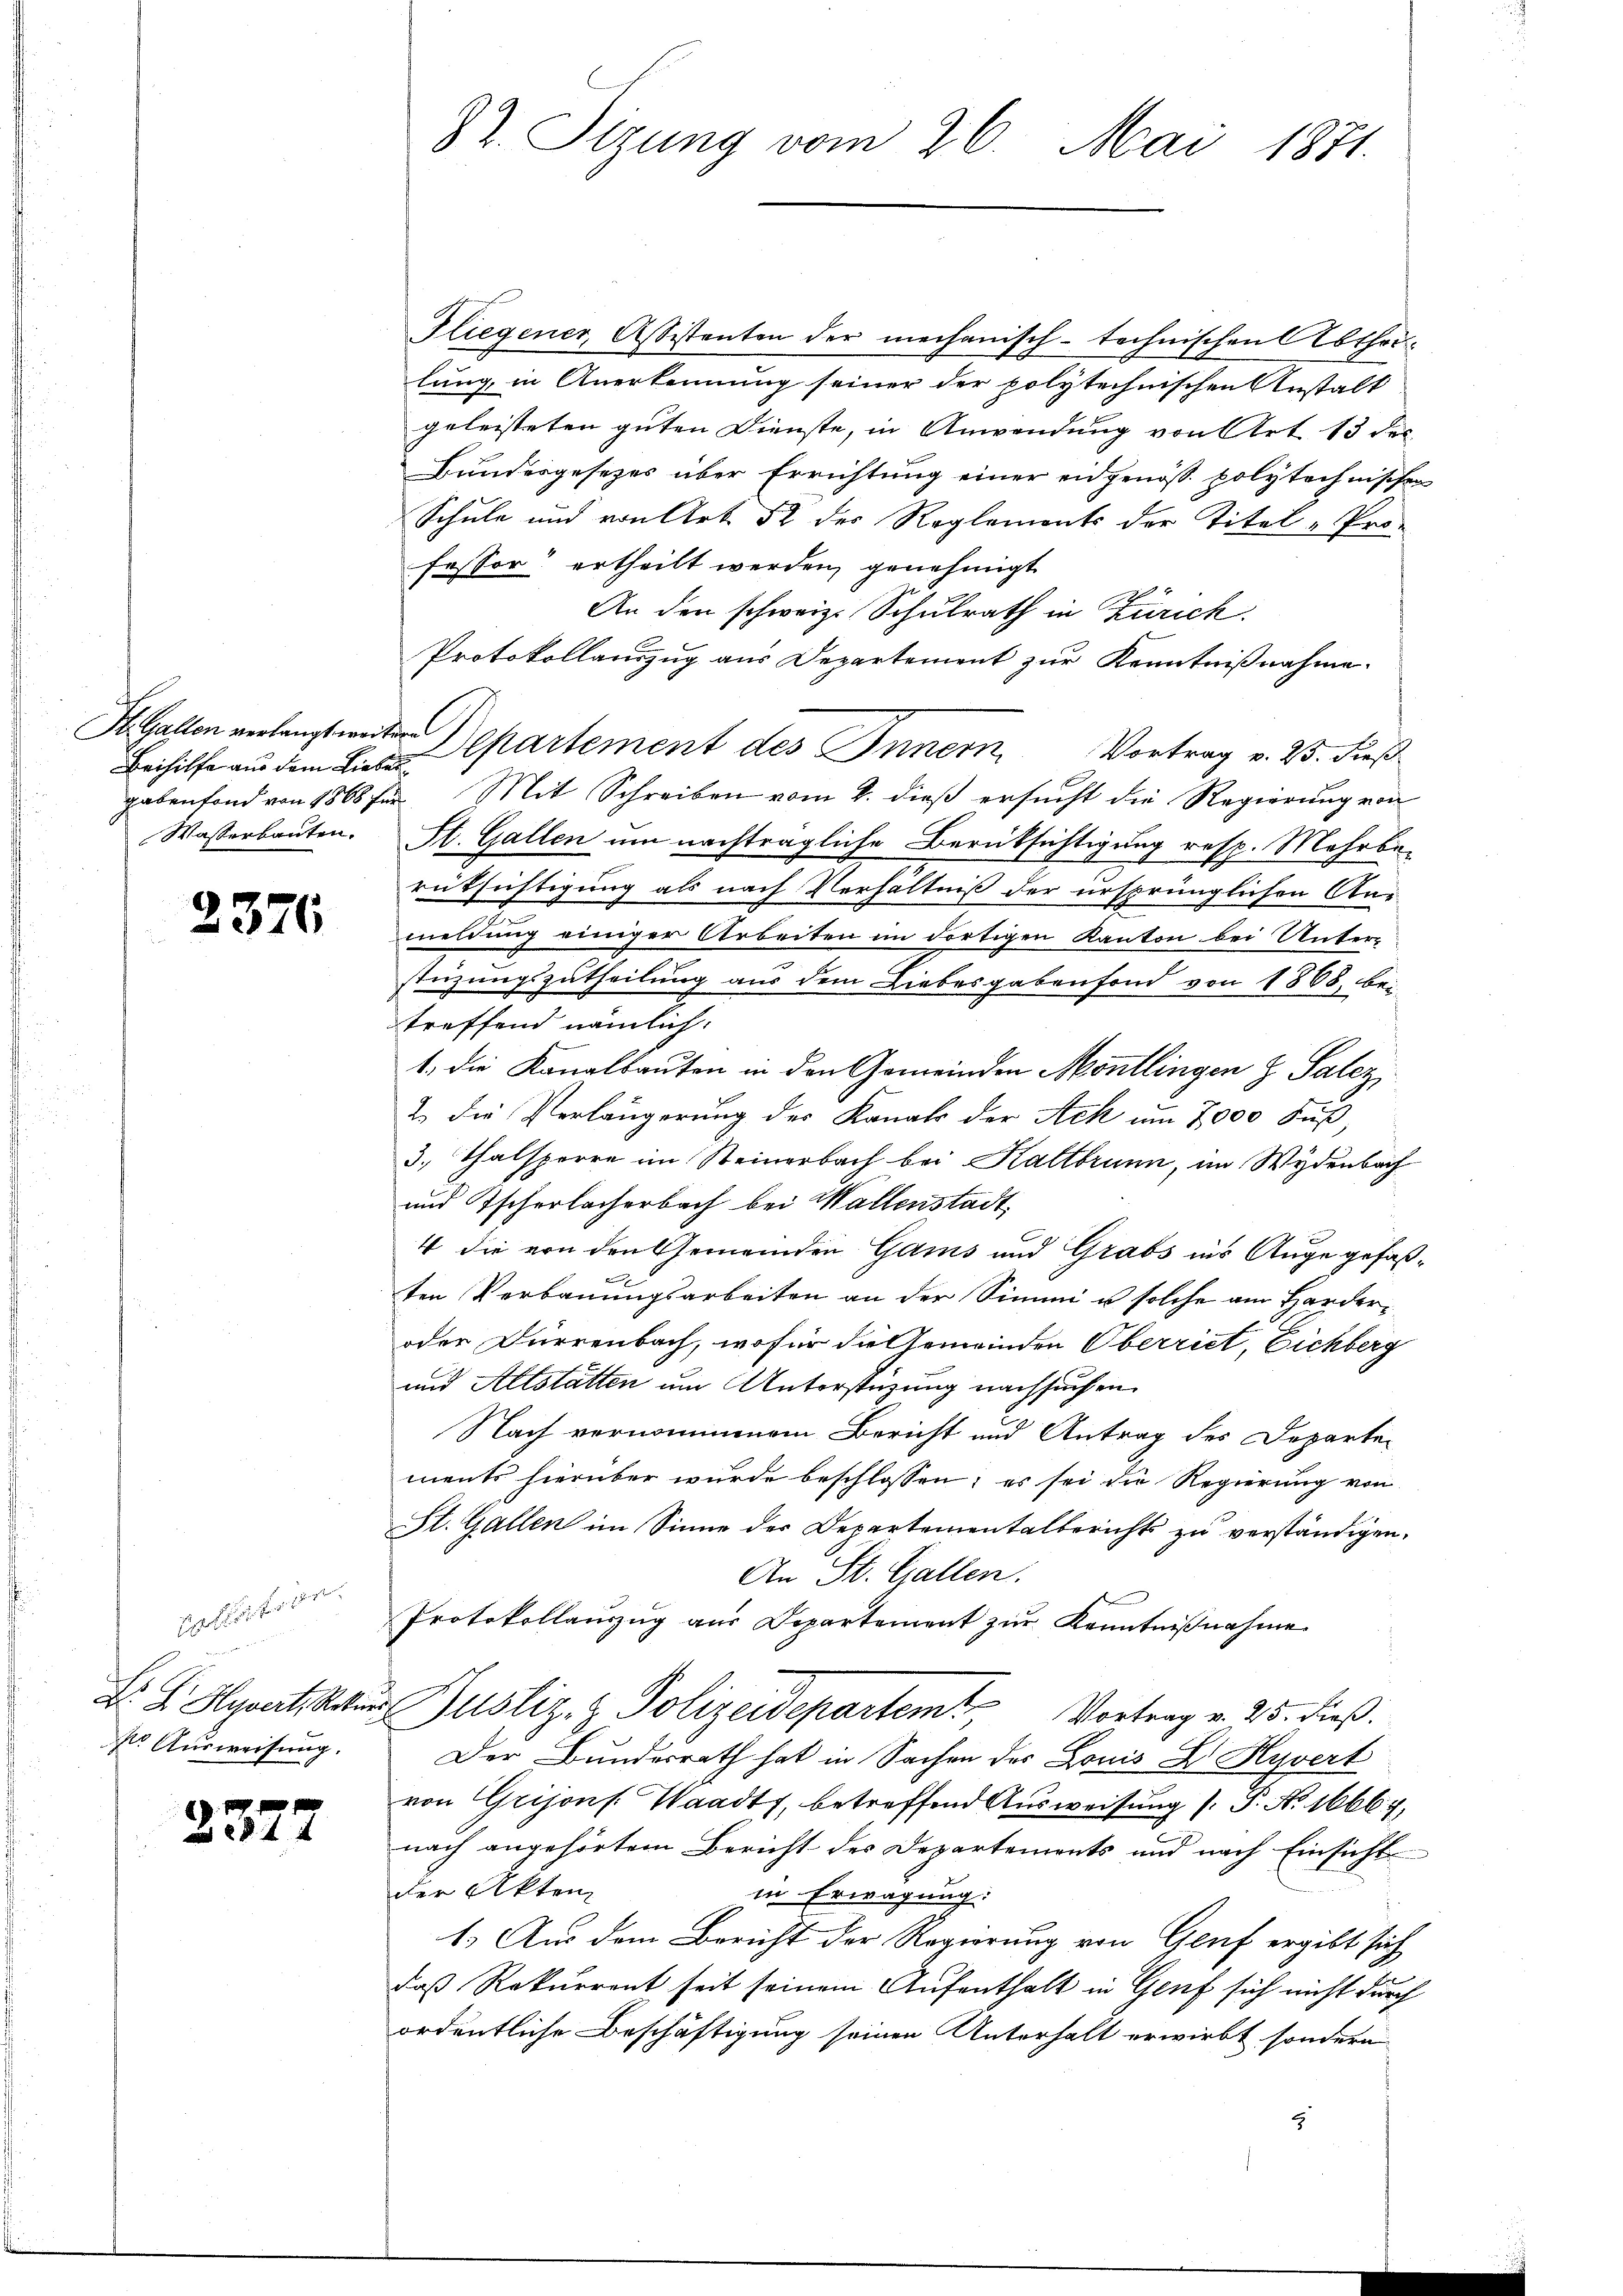
St. Gallen verlangt weiter
Wasserbauten.

2376

rotestiren.
.
Nro Ausweisung.

2377

Fliegener, Assistenten der mechanisch-technischen Abtheilung, in Anerkennung seiner der polytechnischen Anstalt
geleisteten guten Dienste, in Anwendung von Art. 13 des
Bundesgesezes über Errichtung einer eidgenöß polytechnischen
Schule und von Art. 52 der Reglements der Titel - Pro-
fessor ertheilt werden, genehmigt
An den schweiz. Schulrath in Zürich.
Protokollauszug aus Departement zur Kenntnißnahme.
Beihilfe aus dem Liebe Epartement des Innern Vortrag v. 23. dieß
gebenfond von 1868 für Mit Schreiben vom 2. dieß ersucht die Regierung von
St. Gallen um nachträgliche Berüksichtigung resp. Mehrbe-
rüksichtigung als nach Verhältniß der ursprünglichen Anmeldung einiger Arbeiten im dortigen Kanton bei Unter-
stüzungszutheilung aus dem Liebesgabenfond von 1868, bei
treffend nämlich.
1. die Kanalbauten in den Gemeinden Montlingen z. Salez
2. die Verlängerung der Kanals der Ach um 7000 Fuß,
3. Thalsperre im Steinerbach bei Kaltbrunn, im Wydenbach
und Tscherlacherbach bei Wallenstadt,
4 die von den Gemeinden Gams und Grabs ins Auge gefaßten Verbauungsarbeiten an der Sinnei u solche am Harder¬
oder Dürrenbach, wofür die Gemeinden Oberriet, Eichberg
und Altstätten um Unterstüzung nachsuchen
Nach vernommenem Bericht und Antrag des Departements hierüber wurde beschlossen; es sei die Regierung von
St. Gallen im Sinne der Departementalberichts zu verständigen.
An St. Gallen.
Protokollauszug aus Departement zur Kenntnißnahme
Dr. L. Hyrert. Natur Justiz- & Polizeidepartem Vortrag v. 25. dieß.
Der Bundesrath hat in Sachen der Louis D Hyvert
von Grijons. Waadt, betreffend Ausweisung (: P. Nr. 16667,
nach angehörtem Bericht des Departements und nach Einsicht
der Akten
in Erwägung:
1. Aus dem Bericht der Regierung von Genf ergibt sich
daß Rekurrent seit seinem Aufenthalt in Genf sich nicht durch
ordentliche Beschäftigung seinen Unterhalt erwirbt sondern
5

82. Sizung vom 26. Mai 1871.